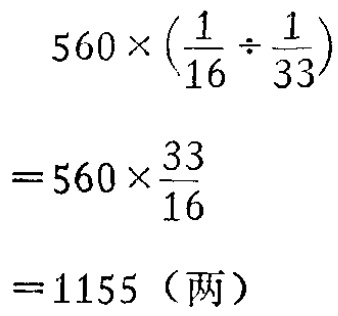
\[

\begin{align*}

&560\times(\frac{1}{16}\div\frac{1}{33})\\

=&560\times\frac{33}{16}\\

=&1155（两）

\end{align*}

\]